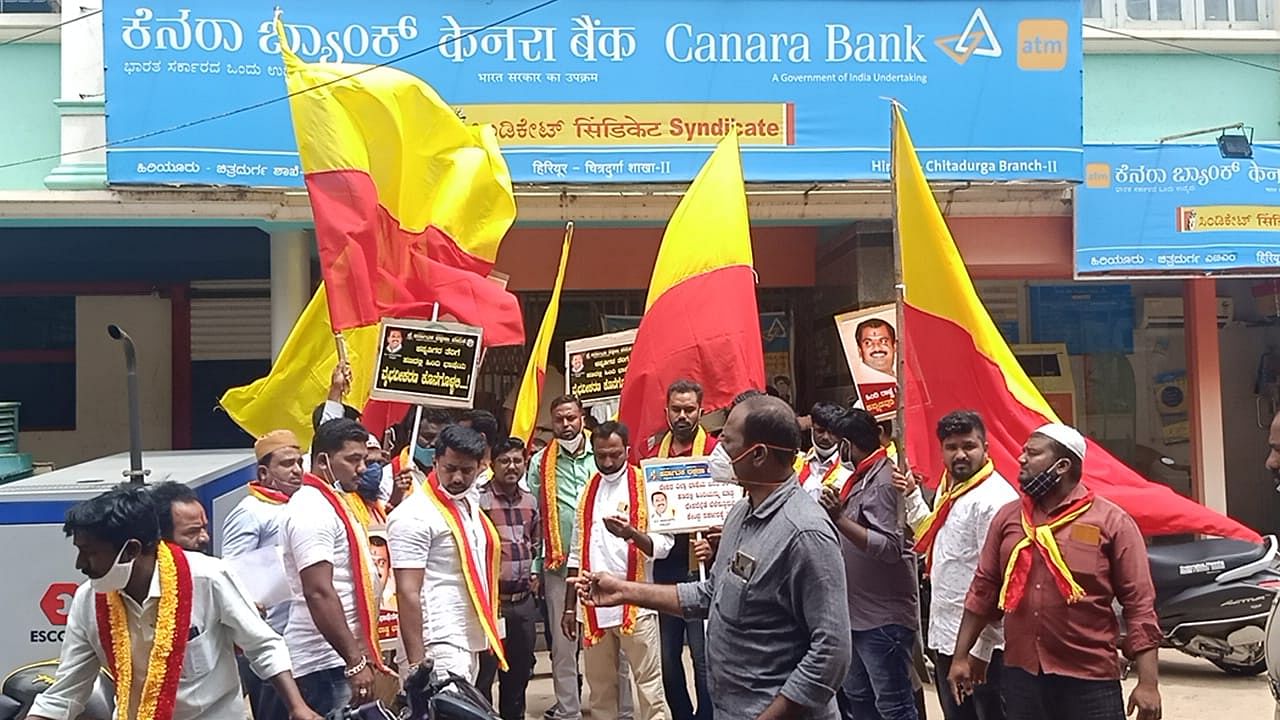
Language: kannada
Transcription: ಕೆನರಾ